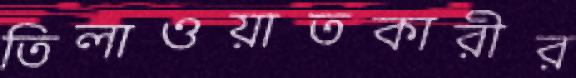
তিলাওয়াতকারীর